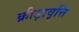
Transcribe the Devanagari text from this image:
क्रीड़ावृत्ति